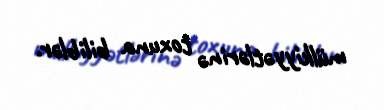
mülkiyyətlərinə toxuna biliblər.